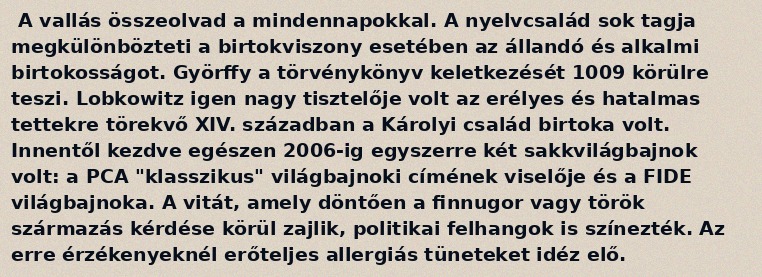
A vallás összeolvad a mindennapokkal. A nyelvcsalád sok tagja megkülönbözteti a birtokviszony esetében az állandó és alkalmi birtokosságot. Györffy a törvénykönyv keletkezését 1009 körülre teszi. Lobkowitz igen nagy tisztelője volt az erélyes és hatalmas tettekre törekvő XIV. században a Károlyi család birtoka volt. Innentől kezdve egészen 2006-ig egyszerre két sakkvilágbajnok volt: a PCA "klasszikus" világbajnoki címének viselője és a FIDE világbajnoka. A vitát, amely döntően a finnugor vagy török származás kérdése körül zajlik, politikai felhangok is színezték. Az erre érzékenyeknél erőteljes allergiás tüneteket idéz elő.